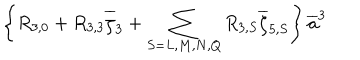
\left\{ R _ { 3 , 0 } + R _ { 3 , 3 } \overline { { \zeta } } _ { 3 } + \sum _ { S = L , M , N , Q } R _ { 3 , S } \overline { { \zeta } } _ { 5 , S } \right\} \overline { { { a } } } ^ { 3 }